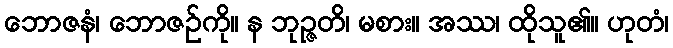
ဘောဇနံ၊ ဘောဇဉ်ကို။ န ဘုဉ္ဇတိ၊ မစား။ အဿ၊ ထိုသူ၏။ ဟုတံ၊